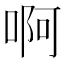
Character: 啊